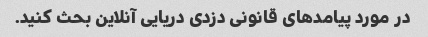
در مورد پیامدهای قانونی دزدی دریایی آنلاین بحث کنید.